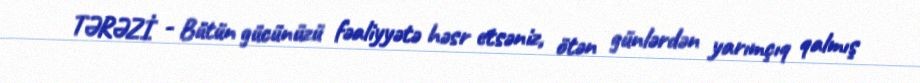
TƏRƏZİ - Bütün gücünüzü fəaliyyətə həsr etsəniz, ötən günlərdən yarımçıq qalmış